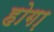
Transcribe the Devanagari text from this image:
होगा़